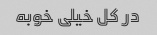
در کل خیلی خوبه